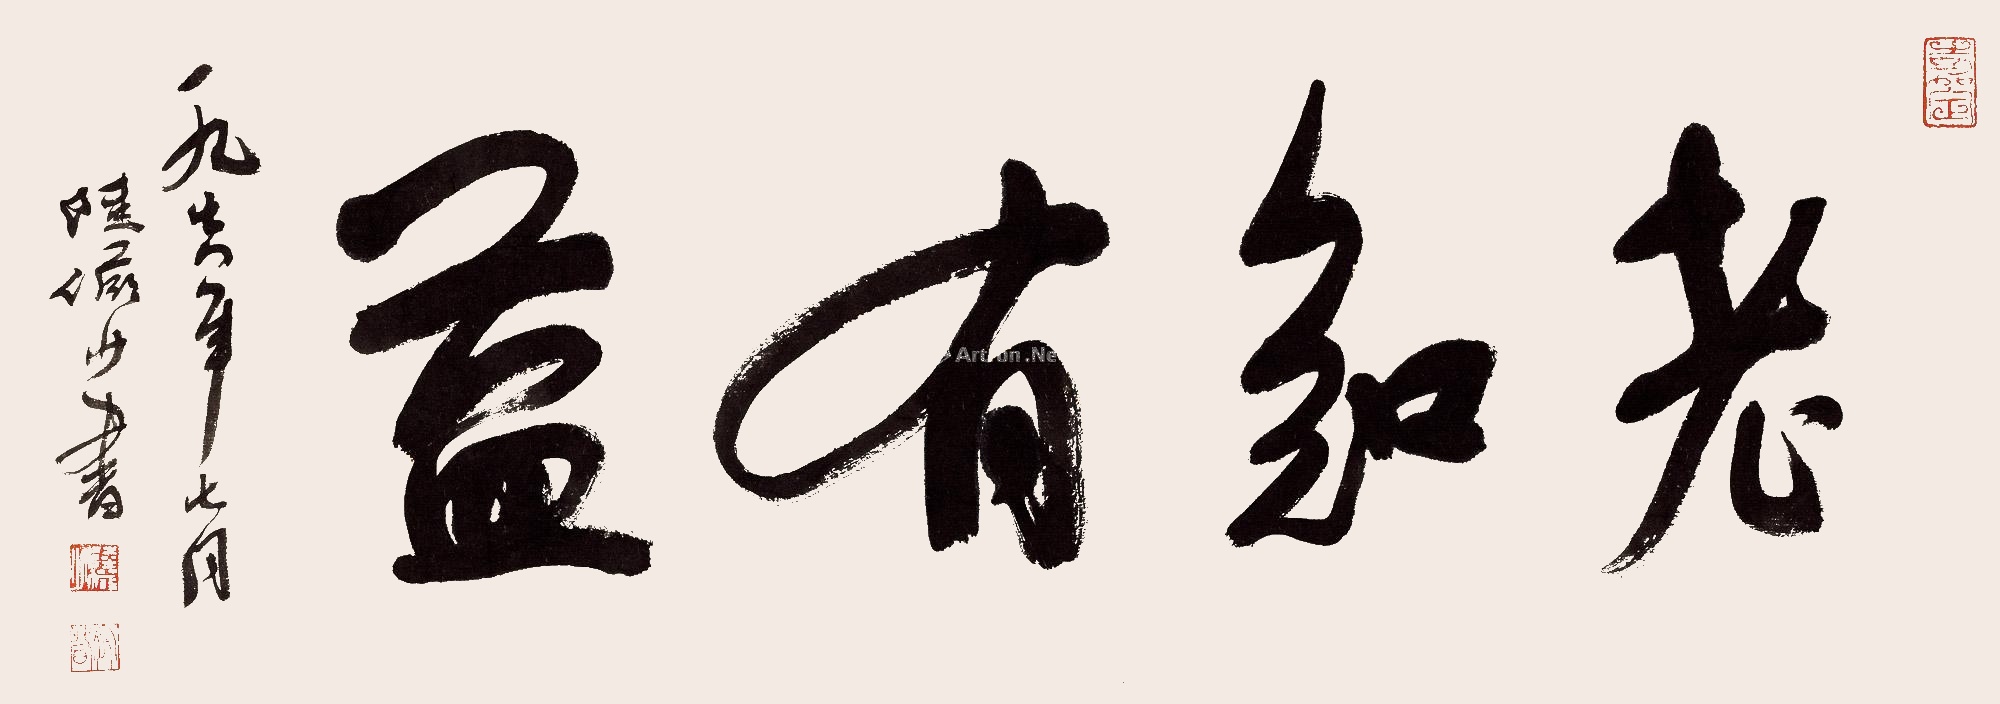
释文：老知有益一九七八年七月，陆俨少书。